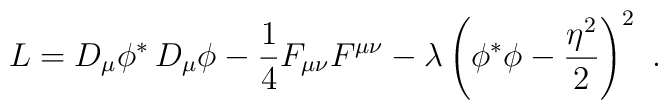
L= D _\mu \phi^*\,  D _\mu \phi  -  {1\over 4} F _{\mu \nu} F^{\mu \nu}   -{\lambda} \left(\phi^*\phi  - {\eta^2 \over 2 }\right)^2  \ .